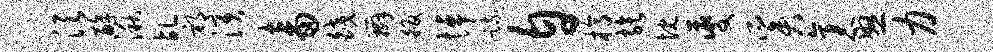
须醇湫乩祁演畜皎辫皈悼疏自槁族忱夔奚袤怒力